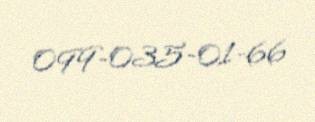
099-035-01-66